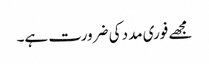
مجھے فوری مدد کی ضرورت ہے۔